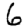
Digit: 6